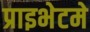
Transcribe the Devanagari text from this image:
प्राइभेटमे